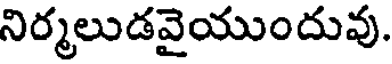
నిర్మలుడవైయుందువు.